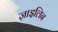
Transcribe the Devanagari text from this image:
ज़ाइलिन